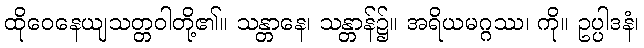
ထိုဝေနေယျသတ္တဝါတို့၏။ သန္တာနေ၊ သန္တာန်၌။ အရိယမဂ္ဂဿ၊ ကို။ ဥပ္ပါဒနံ၊